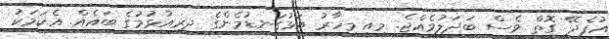
އުފެދޭ ގޮތް ވެސް ބަދަލުވެއްޖެ. މިއީ މިހާރު އަޅުގަނޑުމެންގެ ދިރިއުޅުމުގެ ބައެއް. އެކަމަކު